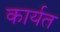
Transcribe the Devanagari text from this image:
कार्यत